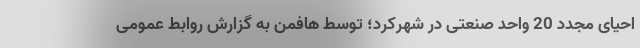
احیای مجدد 20 واحد صنعتی در شهرکرد؛ توسط هافمن به گزارش روابط عمومی